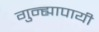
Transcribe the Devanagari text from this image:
गुन्ह्यापायी